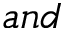
a n d